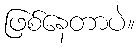
ဖြစ်နေတာပဲ။